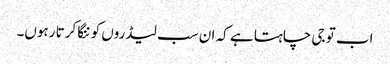
اب تو جی چاہتا ہے کہ ان سب لیڈروں کو ننگا کرتا رہوں۔